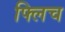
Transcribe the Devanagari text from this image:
फ्लिच